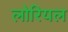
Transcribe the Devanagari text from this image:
लोरियल